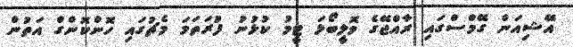
އޭޝިއަން ގޭމްސްގައި ރާއްޖޭގެ ވޮލީބޯޅަ ޓީމު ކުޅުނު ފުރަތަމަ މެޗުގައި ހޮންކޮންގް އަތުން